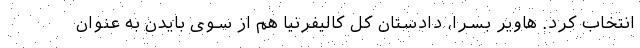
انتخاب کرد. هاویر بسرا، دادستان کل کالیفرنیا هم از سوی بایدن به عنوان